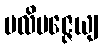
ပလိမဇ္ဇေယျ